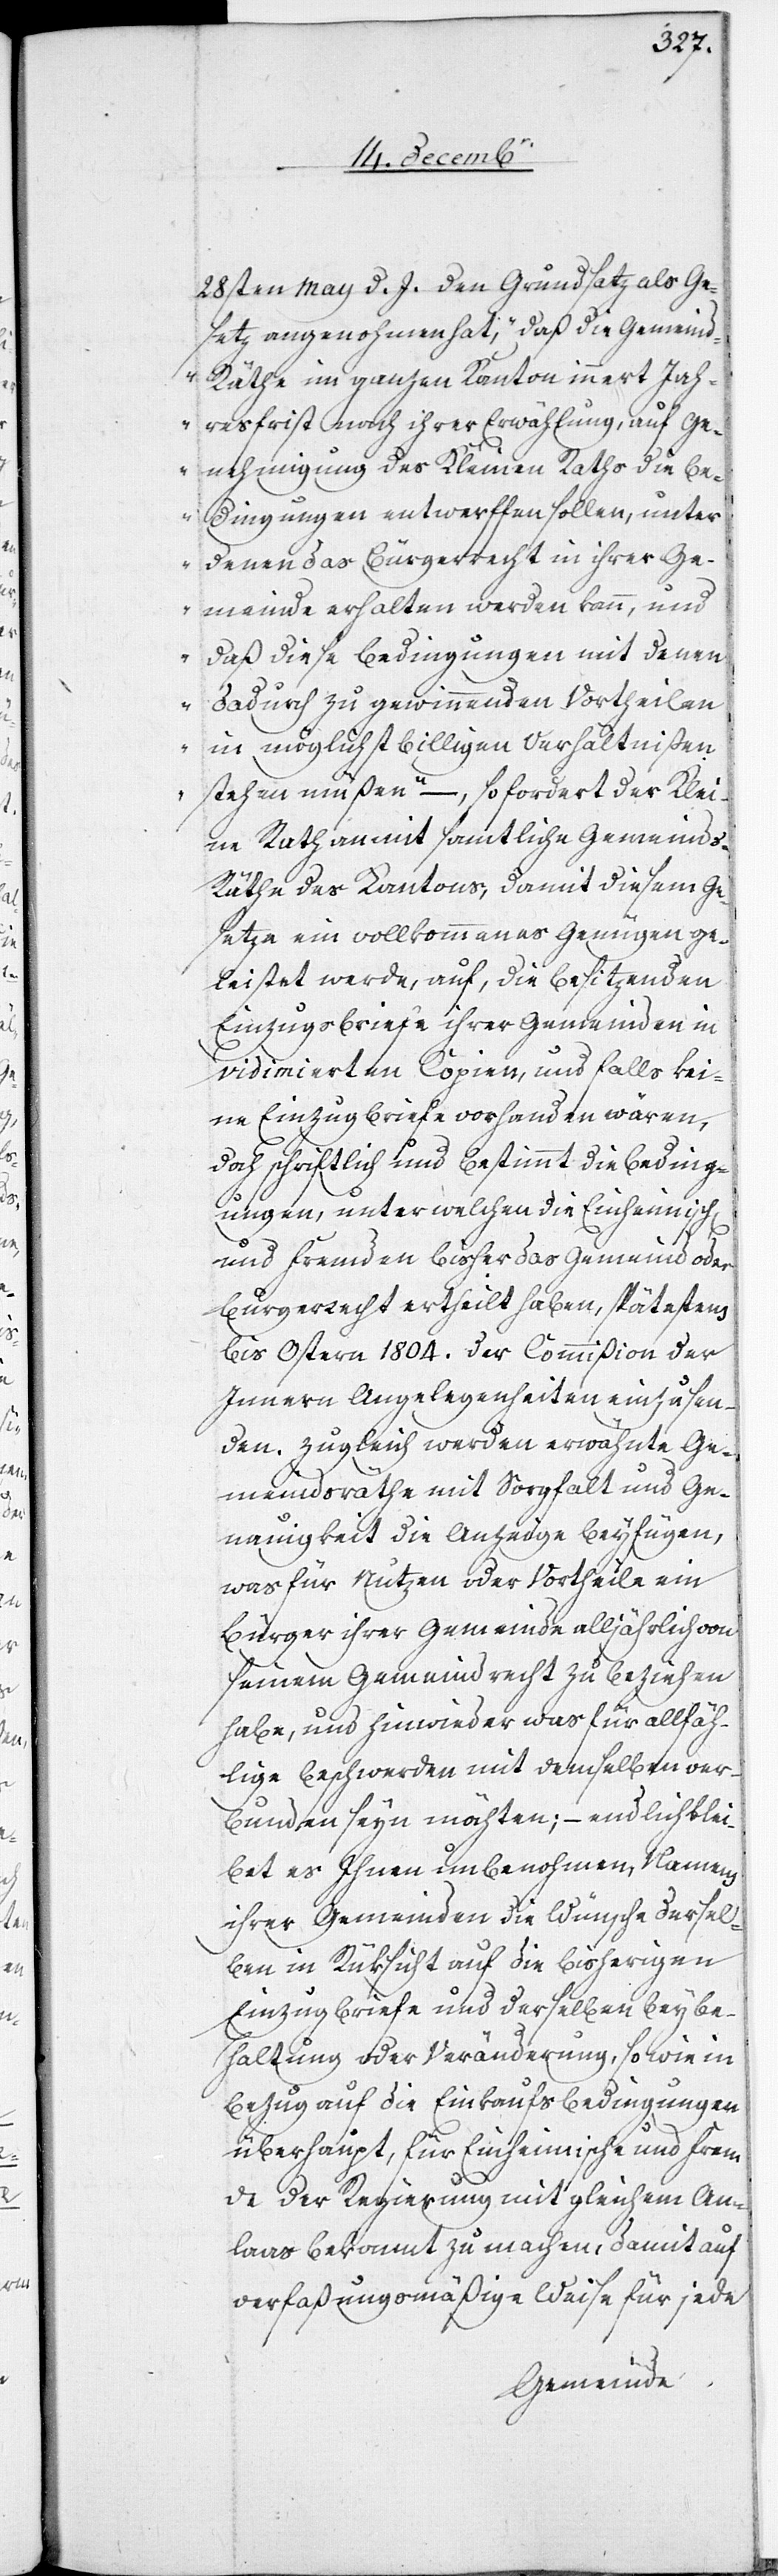
28sten May d. J. den Grundsatz als Ge¬
setz angenohmen hat, „daß die Gemein¬
d-Räthe im ganzen Kanton innert Jah¬
resfrist nach ihrer Erwählung, auf Ge¬
nehmigung des Kleinen Raths die Be¬
dingungen entwerffen sollen, unter
denen das Bürgerrecht in ihrer Ge¬
meinde erhalten werden kann, und
daß diese Bedingungen mit denen
dadurch zu gewinnenden Vortheilen
in möglichst billigen Verhältnißen
stehen müßen“ –, so fordert der Klei¬
ne Rath anmit samtliche Gemeinds¬
räthe des Kantons, damit diesem Ge¬
setze ein vollkommenes Genügen ge¬
leistet werde, auf, die besitzenden
Einzugsbriefe ihrer Gemeinden in
vidimierten Copien, und falls kei¬
ne Einzugbriefe vorhanden wären,
doch schriftlich und bestimmt die Beding¬
ungen, unter welchen die Einheimisch[en]
und Fremden bisher das Gemeind[-] oder
Burgerrecht ertheilt haben, spätestens
bis Ostern 1804. der Commißion der
Innern Angelegenheiten einzusen¬
den. Zugleich werden erwähnte Ge¬
meindsräthe mit Sorgfalt und Ge¬
nauigkeit die Anzeige beyfügen,
was für Nutzen oder Vortheile ein
Bürger ihrer Gemeinde alljährlich von
seinem Gemeindrecht zu beziehen
habe, und hinwieder was für allfäh¬
lige Beschwerden mit demselben ver¬
bunden seyn möchte; – endlich blei¬
bet es Ihnen unbenohmen, Namens
ihrer Gemeinden die Wünsche dersel¬
ben in Rüksicht auf die bisherigen
Einzugsbriefe und derselben Beybe¬
haltung oder Veränderung, sowie in
Bezug auf die Einkaufsbedingungen
überhaupt, für Einheimische und Frem¬
de der Regierung mit gleichem An¬
laaß bekannt zu machen, damit auf
verfaßungsmäßige Weise für jede